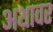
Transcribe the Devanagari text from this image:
अथावर